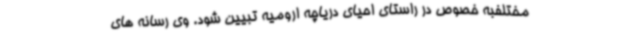
مختلفبه خصوص در راستای احیای دریاچه ارومیه تبیین شود. وی رسانه های